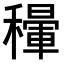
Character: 𥣐